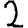
Digit: 2